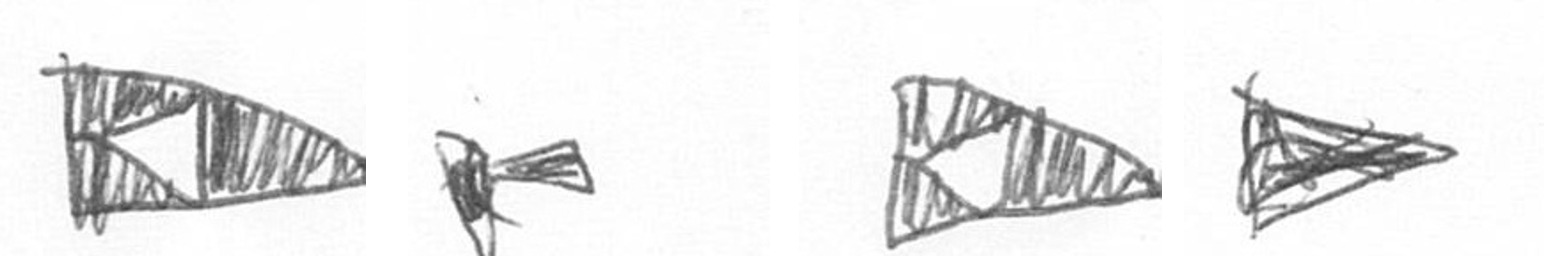
K F K T